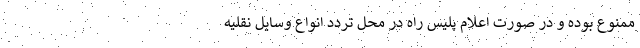
ممنوع بوده و در صورت اعلام پلیس راه در محل تردد انواع وسایل نقلیه